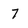
Character: 7